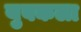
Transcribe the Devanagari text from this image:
युवकला